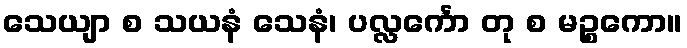
သေယျာ စ သယနံ သေနံ၊ ပလ္လင်္ကော တု စ မဉ္စကော။